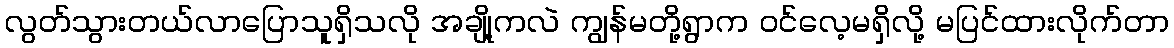
လွတ်သွားတယ်လာပြောသူရှိသလို အချို့ကလဲ ကျွန်မတို့ရွာက ဝင်လေ့မရှိလို့ မပြင်ထားလိုက်တာ